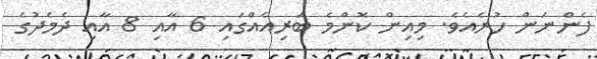
ފެންނަން ހުރެއެވެ. މިއިން ކޮންމެ ބަރިއެއްގައި 6 އާއި 8 އާއި ދެމެދުގެ